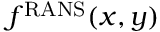
f ^ { \scriptstyle \mathrm { R A N S } } ( x , y )